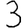
Digit: 3